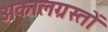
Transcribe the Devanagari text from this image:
अकालग्रस्तों